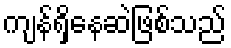
ကျန်ရှိနေဆဲဖြစ်သည်